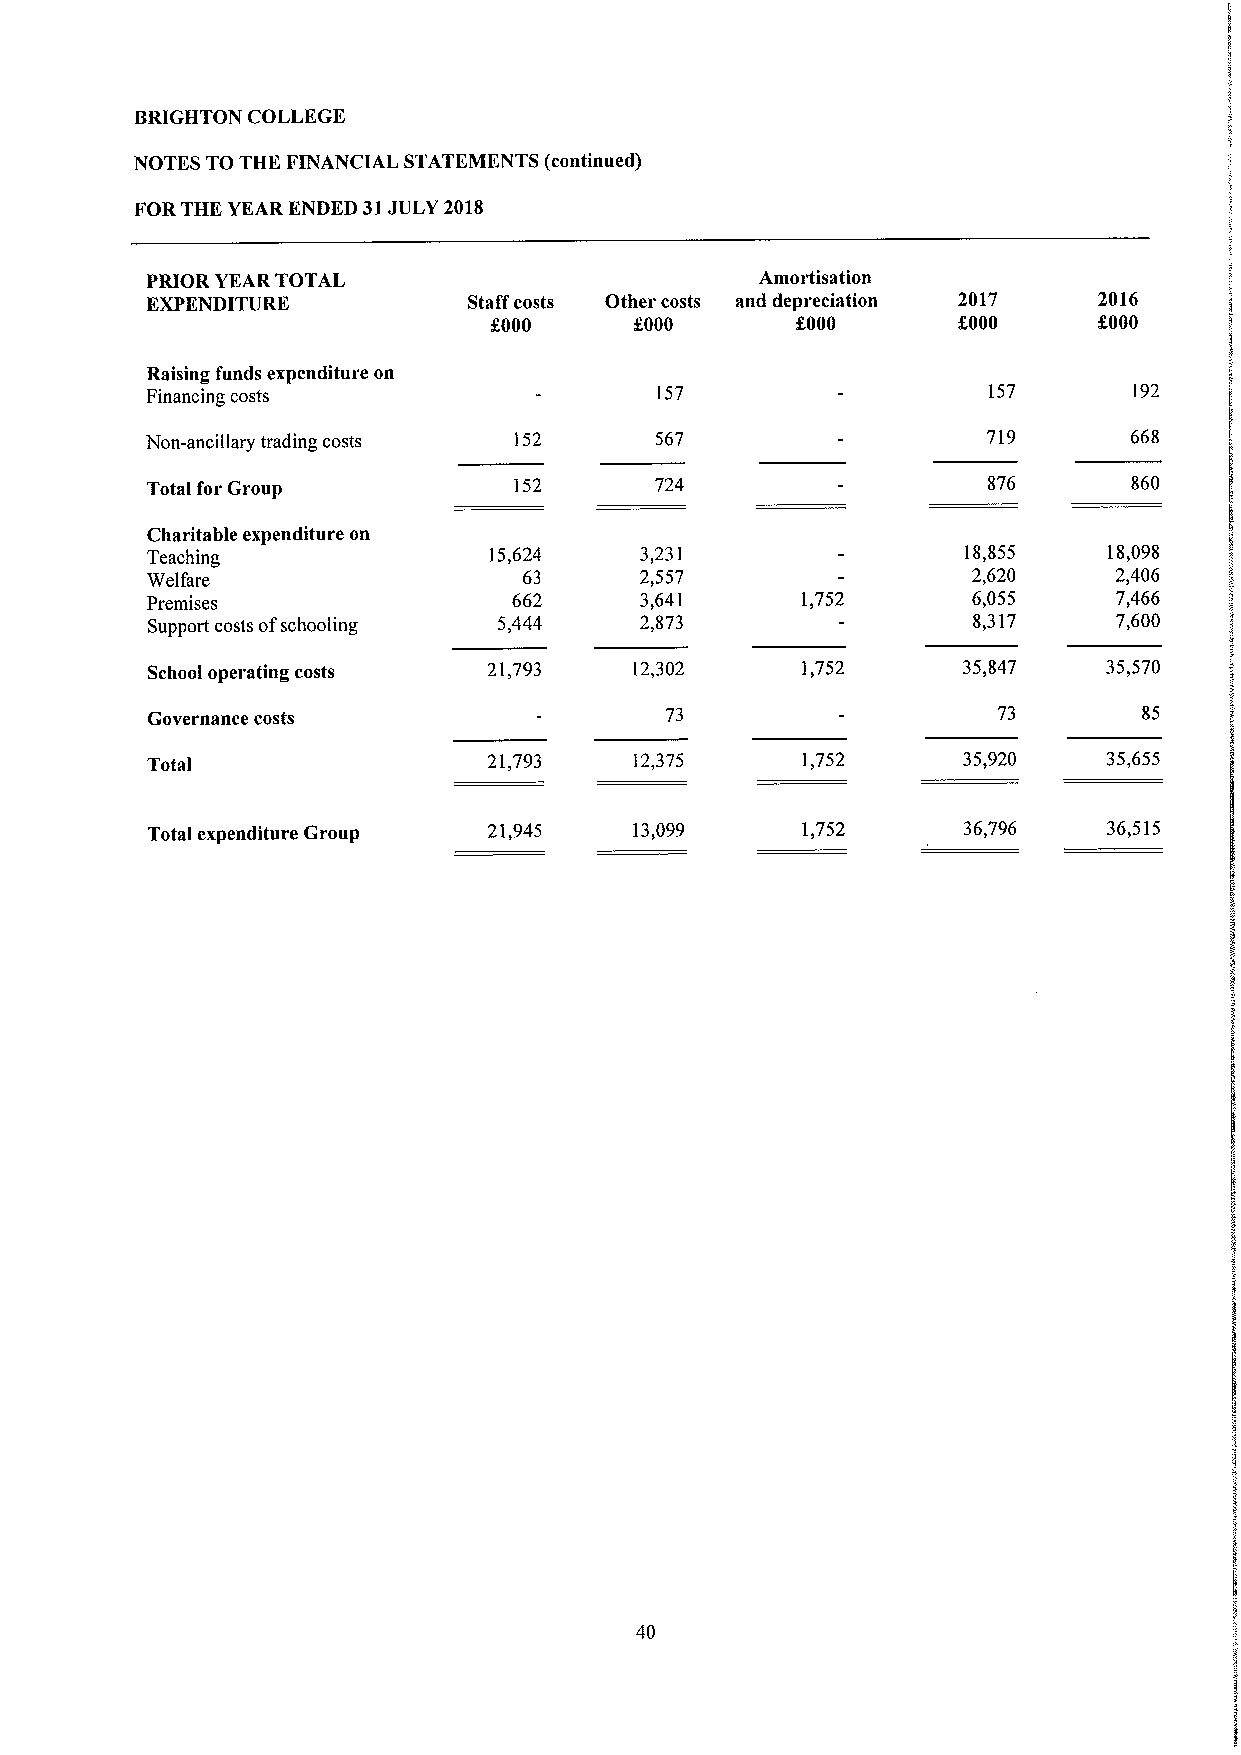
BRIGHTON COLLEGE
 NOTES TO THE FINANCIAL STATEMENTS (continued)
 FORTHE YEAR ENDED 31JULY 2018
 PRIOR YEARTOTAL                         Amortisation
 EXPENDITURE          Staff costs Other costs and depreciation 2017 2016
 f000      f.000      f000      f.000     f.000
 Raising funds expenditure on
 Financing costs                  157                   157       192
 Non-ancillary trading costs 152  567                   719       668
 Total for Group         152      724                   876       860
 Charitable expenditure on
 Teaching              15,624    3,231                 18,855   18,098
 Welfare                  63     2,557                 2,620     2,406
 Premises                662     3,641      1,752      6,055     7,466
 Support costs ofschooling 5,444 2,873                 8,317     7,600
 School operating costs 21,793   12,302     1,752      35,847   35,570
 Governance costs                  73                    73        85
 Total                 21,793    12,375     1,752      35,920   35,655
 Total expenditure Group 21,945  13,099     1,752      36,796   36,515
 40